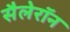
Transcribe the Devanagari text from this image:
सैलेरॉन